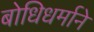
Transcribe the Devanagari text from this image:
बोधिधर्माने